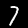
Label: 7